Account of plague administration in the Bombay Presidency from September 1896 till May 1897
Year: 1896
Disease focus: Plague
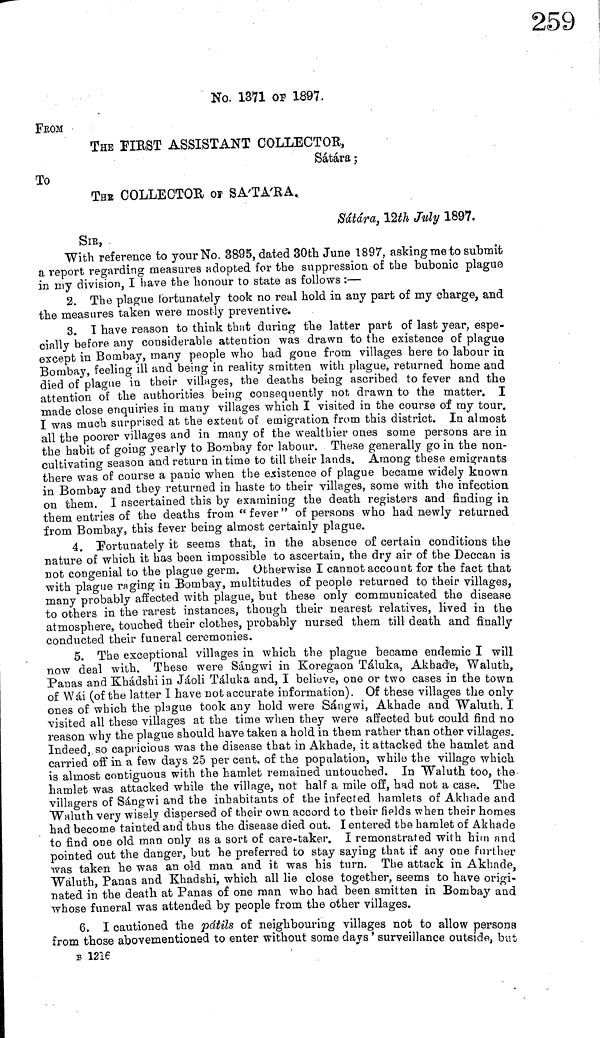
No. 1371 OF 1897.
FROM
THE FIRST ASSISTANT COLLECTOR,
Sátára ;
To
THE COLLECTOR or SA'TA'RA,
Sátára, 12th July 1897.
SIB,
With reference to your No. 3895, dated 30th June 1897, asking me to submit
a report regarding measures adopted for the suppression of the bubonic plague
in my division, I have the honour to state as follows :—
2. The plague fortunately took no real hold in any part of my charge, and
the measures taken were mostly preventive.
3. I have reason to think that daring the latter part of last year, espe-
cially before any considerable attention was drawn to the existence of plague
except in Bombay, many people who had gone from villages here to labour in
Bombay, feeling ill and being in reality smitten with plague, returned home and
died of plague in their villages, the deaths being ascribed to fever and the
attention of the authorities being consequently not drawn to the matter. I
made close enquiries in many villages which I visited in the course of my tour.
I was mach surprised at the extent of emigration from this district. In almost
all the poorer villages and in many of the wealthier ones some persons are in
the habit of going yearly to Bombay for labour. These generally go in the non-
cultivating season and return intime to till their lands. Among these emigrants
there was of course a panic when the existence of plague became widely known
in Bombay and they returned in haste to their villages, some with the infection
on them. I ascertained this by examining the death registers and finding in
them entries of the deaths from " fever " of persons who had newly returned
from Bombay, this fever being almost certainly plague.
4. Fortunately it seems that, in the absence of certain conditions the
nature of which it has been impossible to ascertain, the dry air of the Deccan is
not congenial to the plague germ. Otherwise I cannot account for the fact that
with plague raging in Bombay, multitudes of people returned to their villages,
many probably affected with plague, but these only communicated the disease
to others in the rarest instances, though their nearest relatives, lived in the
atmosphere, touched their clothes, probably nursed them till death and finally
conducted their funeral ceremonies.
5. The exceptional villages in which the plague became endemic I will
now deal with. These were Sángwi in Koregaon Táluka, Akhad'e-, Waluth,
Panas and Khádshi in Jáoli Táluk a and, I believe, one or two cases in the town
of Wái (of the latter I have not accurate information). Of these villages the only
ones of which the plague took any hold were Sángwi, Akhade and Waluth. I
visited all these villages at the time when they were affected but could find no
reason why the plague should have taken a hold in them rather than other villages.
Indeed, so capricious was the disease that in Akhade, it attacked the hamlet and
carried off in a few days 25 per cent, of th,e population, while the village which
is almost contiguous with the hamlet remained untouched. In Waluth too, the
hamlet was attacked while the village, not half a mile off, had not a case. The
villagers of Sángwi and the inhabitants of the infected hamlets of Akhade and
Waluth very wisely dispersed of their own accord to their fields when their homes
had become tainted and thus the disease died out. I entered the hamlet of Akhade
to find one old man only as a sort of care-taker. I remonstrated with him and
pointed out the danger, but he preferred to stay saying that if any one further
was taken he was an old man and it was his turn. The attack in Akhade
Wáluth, Panas and Khadshi, which all lie close together, seems to have origi-
nated in the death at Panas of one man who had been smitten in Bombay and
whose funeral was attended by people from the other villages.
6. I cautioned the pátils of neighbouring villages not to allow persons
from those abovementioned to enter without some days' surveillance outside, but
B 1216